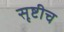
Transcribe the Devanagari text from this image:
सृष्टीच